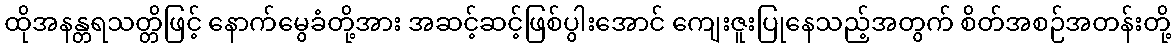
ထိုအနန္တရသတ္တိဖြင့် နောက်မွေခံတို့အား အဆင့်ဆင့်ဖြစ်ပွါးအောင် ကျေးဇူးပြုနေသည့်အတွက် စိတ်အစဉ်အတန်းတို့